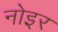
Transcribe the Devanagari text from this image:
नोइर